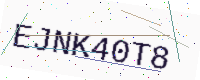
Text: EJNK40T8